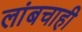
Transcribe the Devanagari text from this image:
लांबचाही